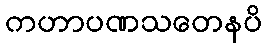
ကဟာပဏသတေနပိ